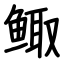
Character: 鲰